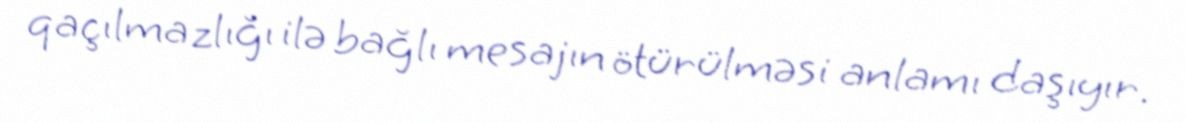
qaçılmazlığı ilə bağlı mesajın ötürülməsi anlamı daşıyır.